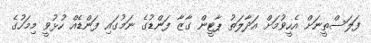
ފަލަސްތީނަށް އެހީވުމަށް އަދާލަތު ޕާޓީން ގާޒާ ފަންޑުގެ ނަމުގައި ފަންޑެއް ހުޅުވީ މިމަހުގެ